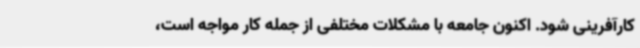
کارآفرینی شود. اکنون جامعه با مشکلات مختلفی از جمله کار مواجه است،